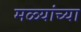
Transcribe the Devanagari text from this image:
मळ्यांच्या